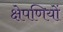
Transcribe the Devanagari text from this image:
क्षेपणियों